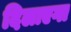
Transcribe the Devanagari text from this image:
दिलाएगा